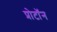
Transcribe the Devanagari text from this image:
प्रोटाॅन